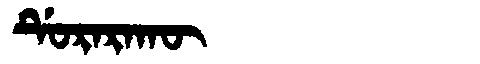
Manchu: ᡩᡠᡵᠠᡵᠠᡴᡡ
Romanization: DURARAKŪ